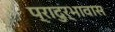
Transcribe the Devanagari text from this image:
प्रादुर्भावास